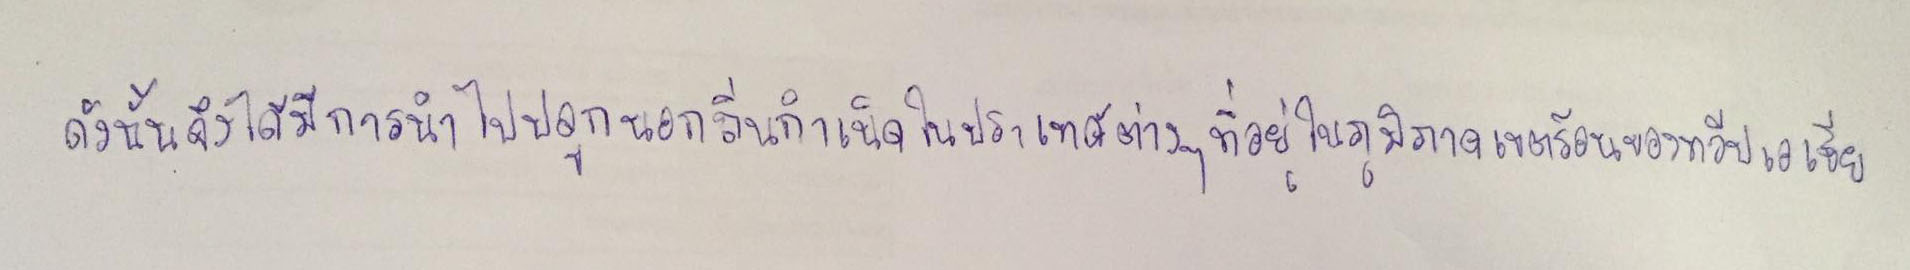
ดังนั้นจึงได้มีการนำไปปลูกนอกถิ่นกำเนิดในประเทศต่างๆที่อยู่ในภูมิภาคเขตร้อนของทวีปเอเชีย